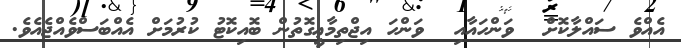
އެއްވެ ސައްލާކޮށް  ވަންހައާއި  ވަންހަ އިޖްތިމާޢީގޮތުން ބޮއިކޮޓު ކުރުމަށް އެއްބަސްވެއްޖެއެވެ.